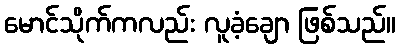
မောင်သိုက်ကလည်း လူခံ့ချော ဖြစ်သည်။